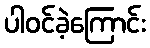
ပါဝင်ခဲ့ကြောင်း